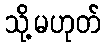
သို့မဟုတ်